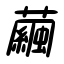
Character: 繭